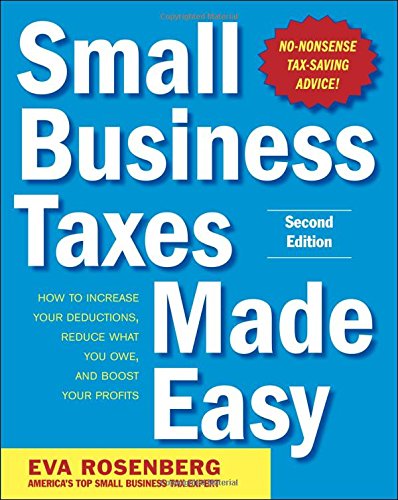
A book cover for Small Business Taxes Made Easy, Second Edition; Eva Rosenberg ; Business & Money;